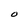
Character: O